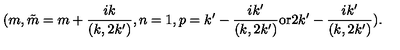
( m , \tilde { m } = m + \frac { i k } { ( k , 2 k ^ { \prime } ) } , n = 1 , p = k ^ { \prime } - \frac { i k ^ { \prime } } { ( k , 2 k ^ { \prime } ) } \mathrm { o r } 2 k ^ { \prime } - \frac { i k ^ { \prime } } { ( k , 2 k ^ { \prime } ) } ) .